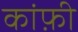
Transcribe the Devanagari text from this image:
कांफ़ी